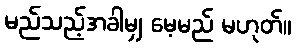
မည်သည့်အခါမျှ မေ့မည် မဟုတ်။